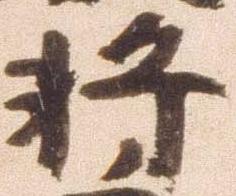
将